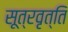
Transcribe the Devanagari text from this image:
सूत्रवृत्ति